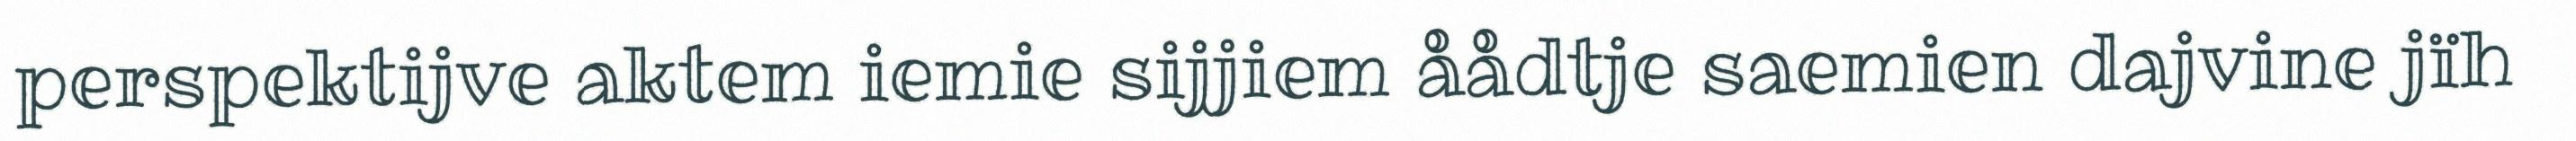
perspektijve aktem iemie sijjiem åådtje saemien dajvine jïh